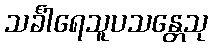
သင်္ခါရေသူပသန္တေသု